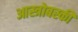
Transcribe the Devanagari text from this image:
आस्त्रोबस्की